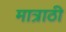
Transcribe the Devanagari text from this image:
मात्राठी